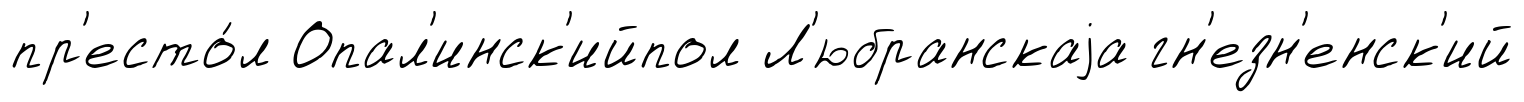
пр'есто́л Опал'инск'ийпол Л'юбранскаjа гн'езн'енск'ий